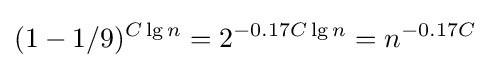
(1-1/9)^{C\lg {n}}=2^{-0.17C\lg {n}}=n^{-0.17C}